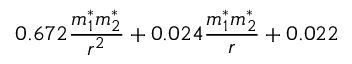
0 . 6 7 2 \frac { m _ { 1 } ^ { * } m _ { 2 } ^ { * } } { r ^ { 2 } } + 0 . 0 2 4 \frac { m _ { 1 } ^ { * } m _ { 2 } ^ { * } } { r } + 0 . 0 2 2